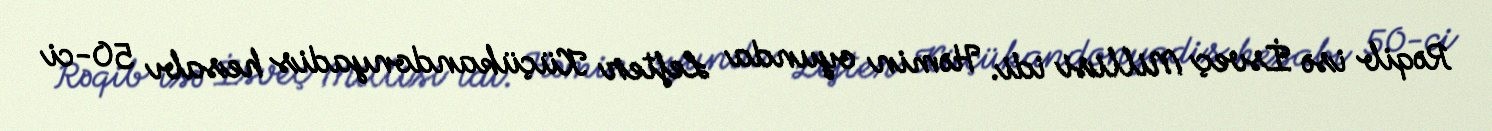
Rəqib isə İsveç Millisi idi. Həmin oyunda Lefter Küçükandonyadis hesabı 50-ci